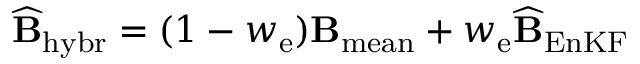
\widehat { \bf B } _ { \mathrm { h y b r } } = ( 1 - w _ { \mathrm { e } } ) { \bf B } _ { \mathrm { m e a n } } + w _ { \mathrm { e } } \widehat { \bf B } _ { \mathrm { E n K F } }